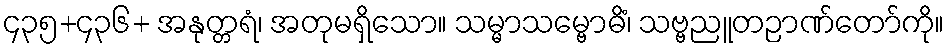
၄၃၅+၄၃၆+ အနုတ္တရံ၊ အတုမရှိသော။ သမ္မာသမ္ဗောဓိံ၊ သဗ္ဗညူတဉာဏ်တော်ကို။